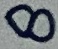
Text: 8